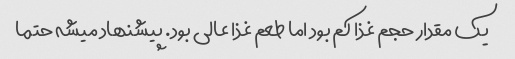
یک مقدار حجم غذا کم بود اما طعم غذا عالی بود. پیشنهاد میشه حتما